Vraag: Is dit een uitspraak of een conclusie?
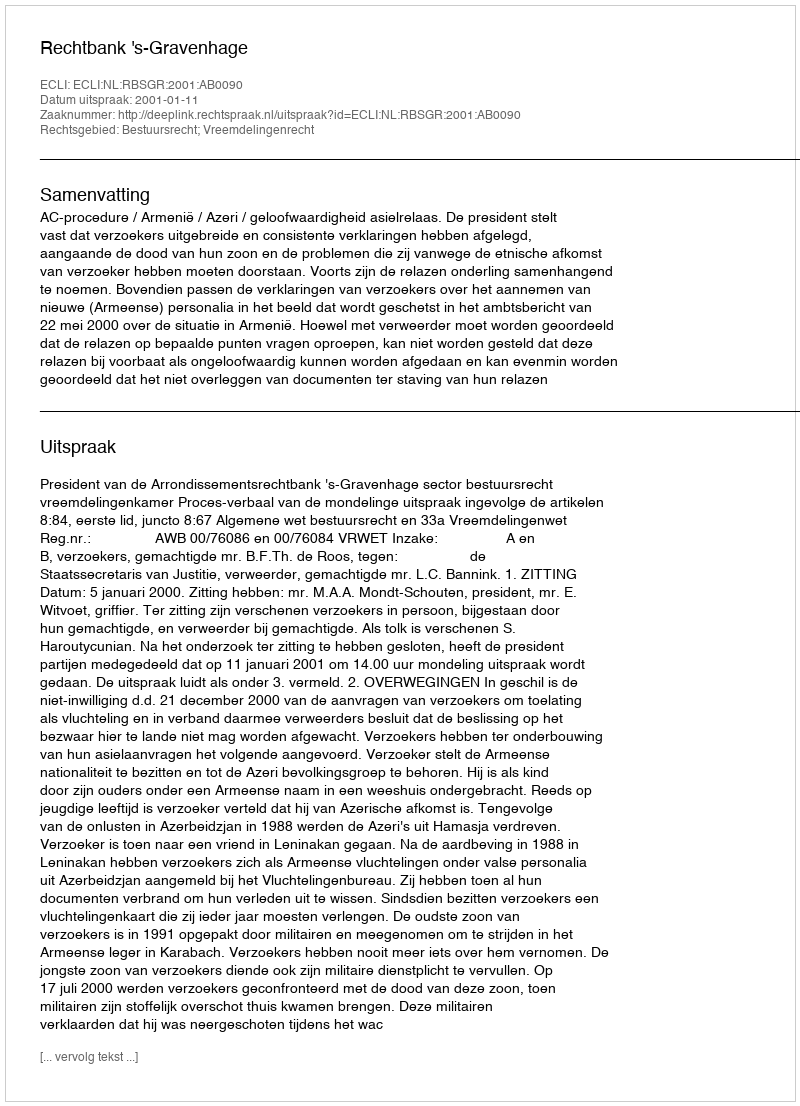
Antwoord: Uitspraak